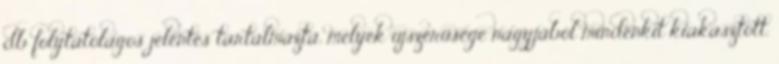
db folytatólagos jelentés tartalmazta, melyek új­szerűsége nagyjából mindenkit kiakasztott.